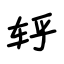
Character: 轷